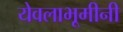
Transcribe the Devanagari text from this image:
येवलाभूमीनी